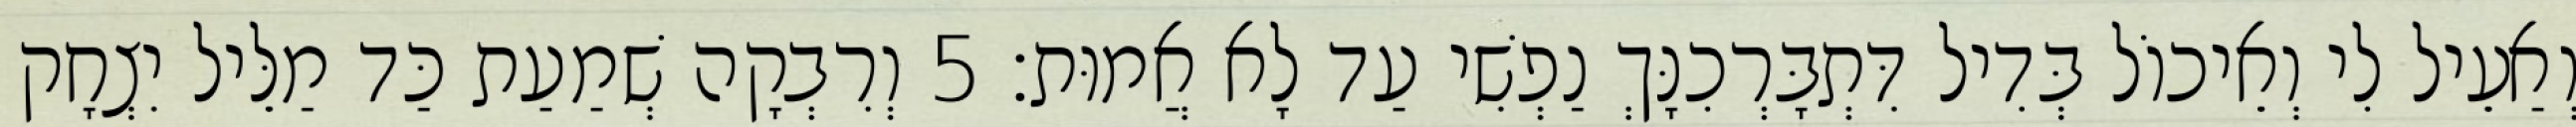
וְאַעֵיל לִי וְאֵיכוֹל בְּדִיל דִּתְבָּרְכִנָּךְ נַפְשִׁי עַד לָא אֲמוּת׃ 5 וְרִבְקָה שְׁמַעַת כַּד מַלֵּיל יִצְחָק